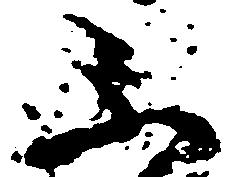
不